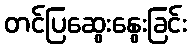
တင်ပြဆွေးနွေးခြင်း